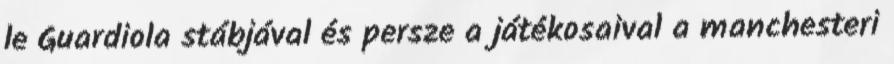
le Guardiola stábjával és persze a játékosaival a manchesteri